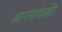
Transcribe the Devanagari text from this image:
आरसादेखी